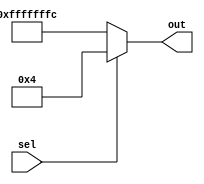
module mux_subtract4_vs_add4 (
    input sel,                      //0 for subtract 4, 1 for add 4
    output [31:0] out
);
    assign out = sel ? 4 : -4;
endmodule